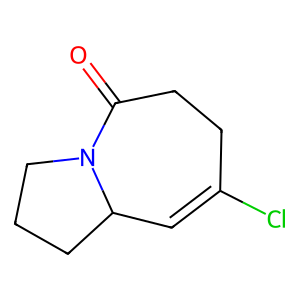
SMILES: O=C1CCC(Cl)=CC2CCCN12
Inhibits HIV replication: No